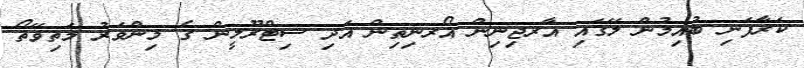
ކަރާފަނި ބުއިމުން ލޭގައި އާރޖިނިން އޯރނިތިން އަދި ސިޓްރޫލީން ގެ މިންވަރު މަތިވޭތޯ